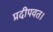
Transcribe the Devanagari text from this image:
प्रदीपवत।